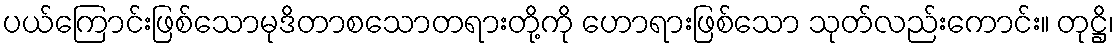
ပယ်ကြောင်းဖြစ်သောမုဒိတာစသောတရားတို့ကို ဟောရားဖြစ်သော သုတ်လည်းကောင်း။ တုဋ္ဌိ၊